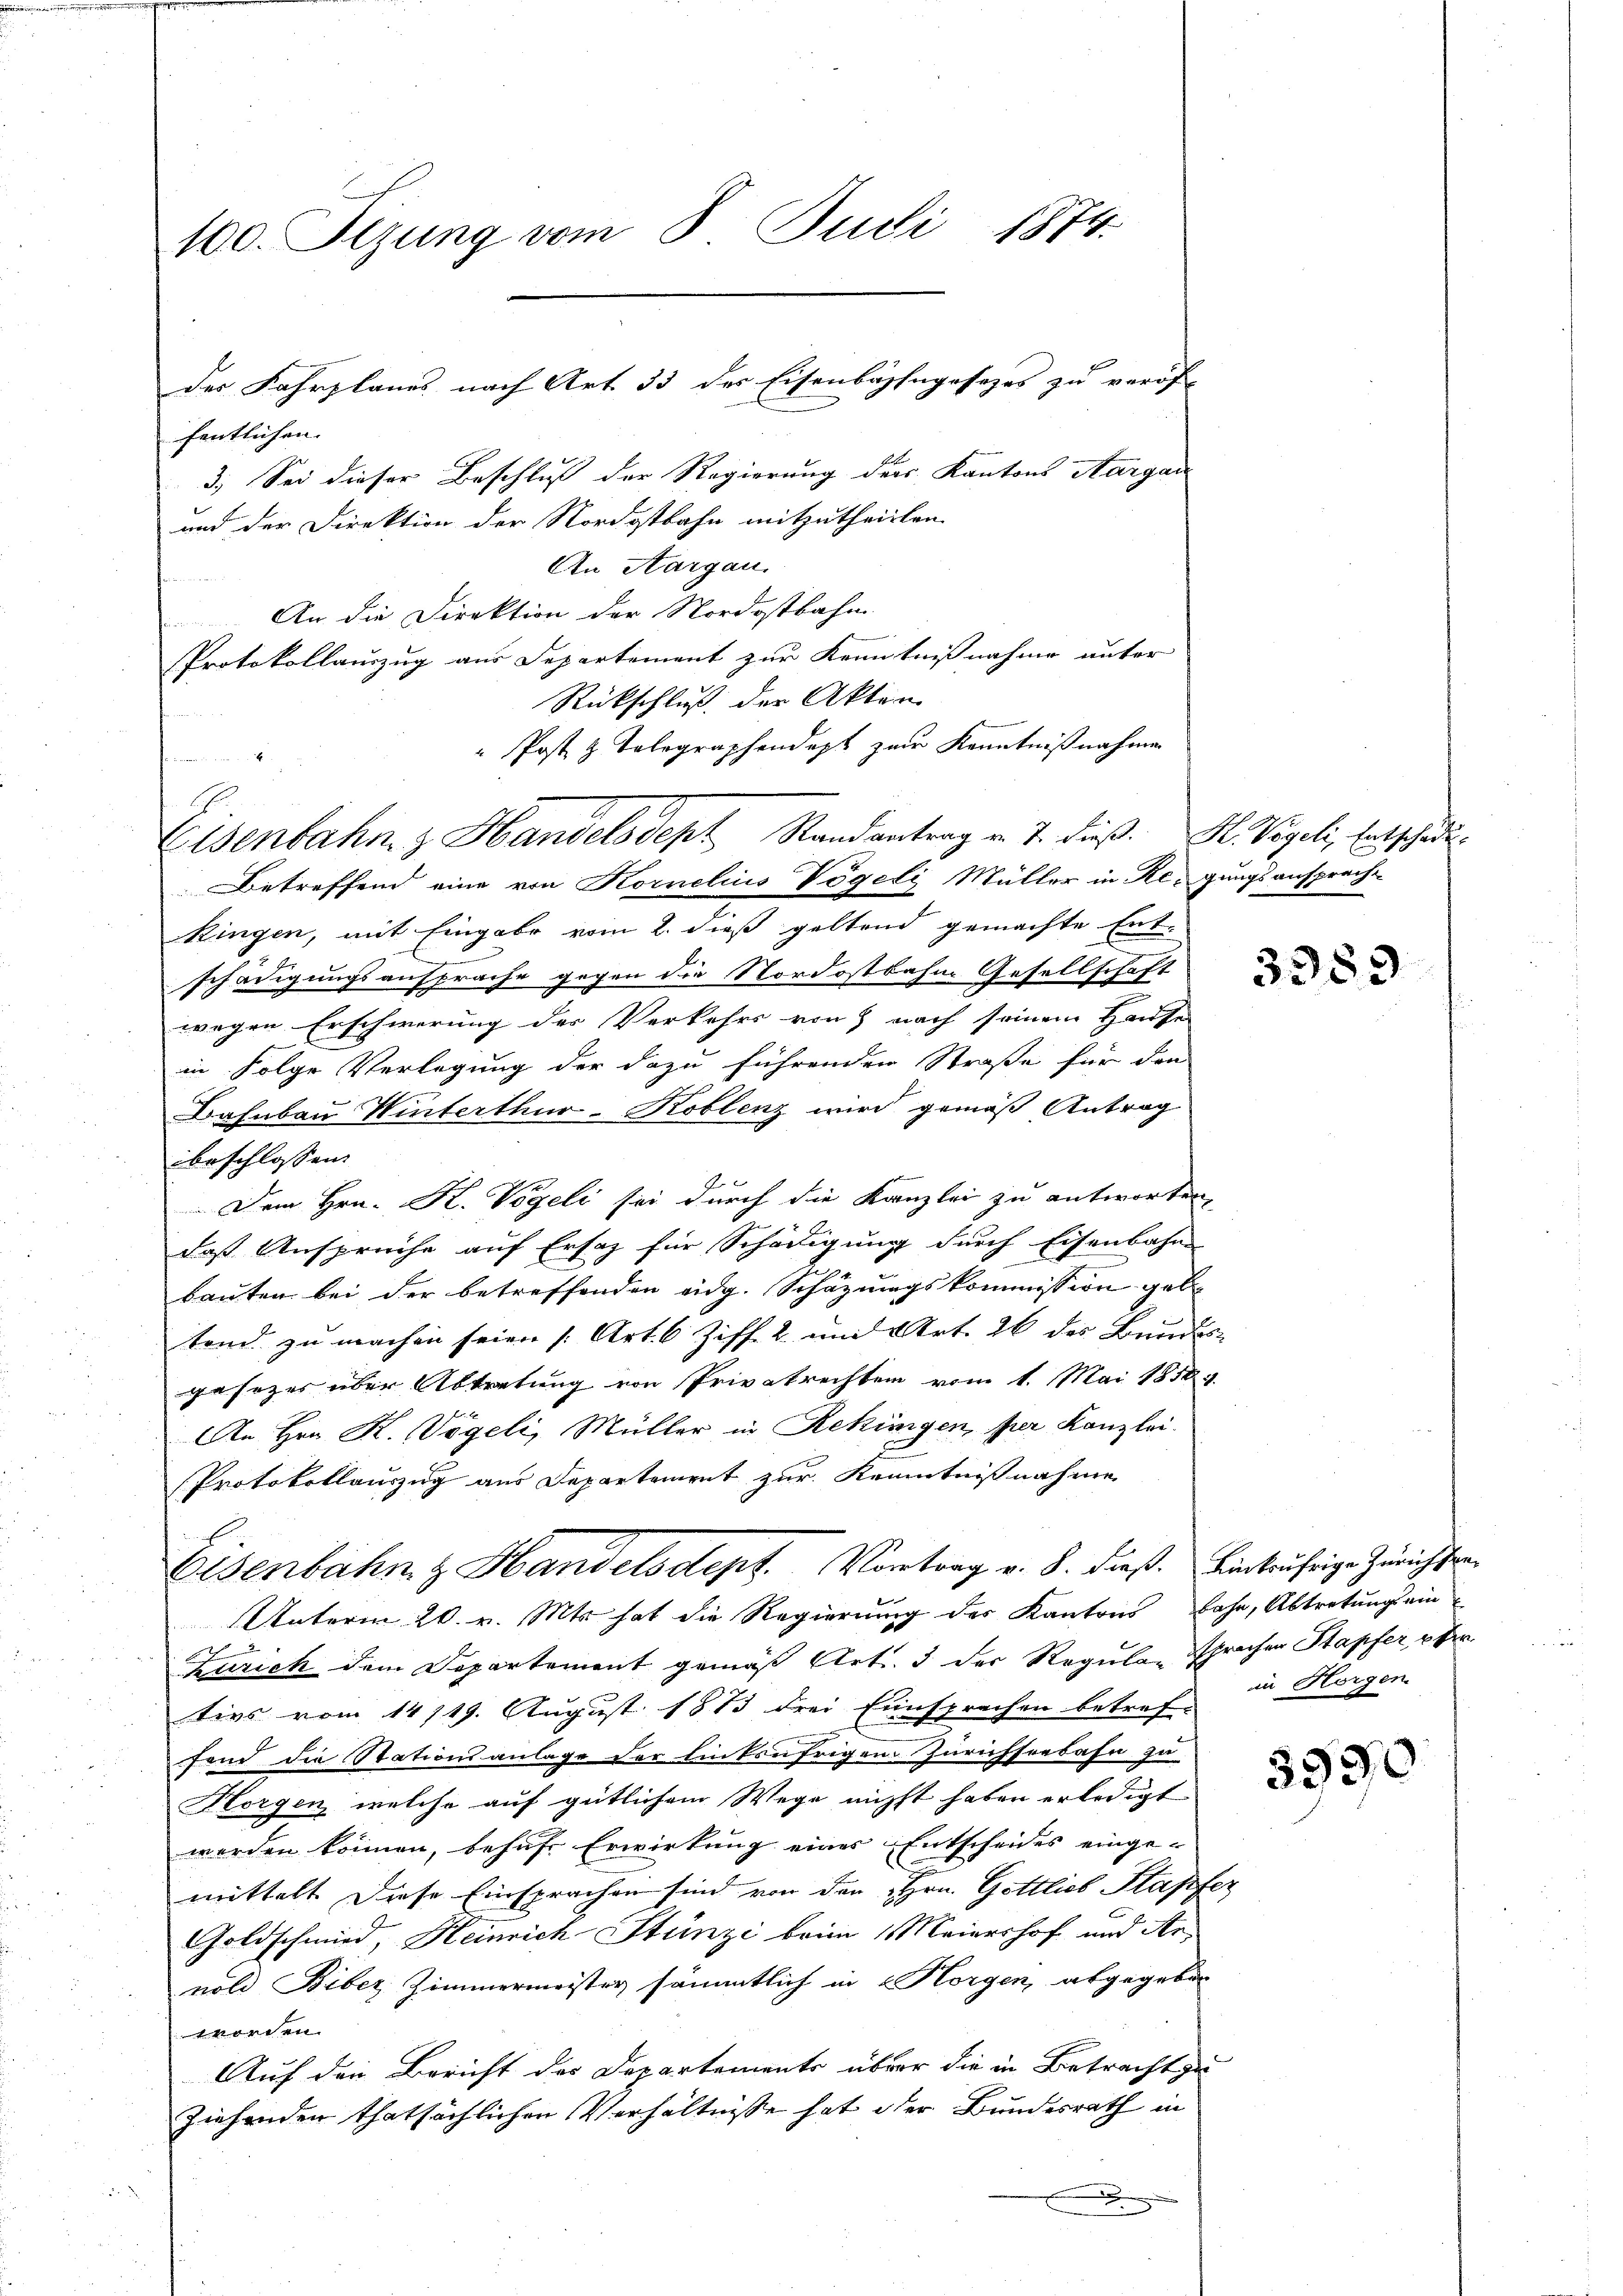
100. Sizung vom 8. Juli 1874.

Eisenbahn z Handelsdept, Randantrag v. 7. dieß. H. Vögeli, Entschade

fentlichen.
3.) Sei dieser Beschluß der Regierung der Kantons Aargau
und der Direktion der Nordostbahn mitzutheilten.
An Aargau.
An die Direktion der Nordostbahn
Protokollauszug aus Departement zur Kenntnißnahme unter
Rückschluß der Akten
 Post z. Telegraphendept zur Kenntnißnahme
Betreffend eine von Kornelius Vögeli Müller in Regungsansprache
Ringen, mit Eingabe vom 2. dieß geltend gemachte Ent-
schädigungsansprache gegen die Nordostbahne Gesellschaft
wegen Erschwerung des Verkehrs von nach seinem Hause
in Folge Verlegung der dazu führenden Straße für den
Bahnbau Winterthur–Koblenz wird gemäß Antrag
beschlossen:
.
Dem Hrn. K. Vögeli sei durch die Kanzlei zu antworten,
daß Ansprüche auf Ersatz für Schädigung durch Eisenbahn
bauten bei der betreffenden eidg. Schazungskommission geb.
tend zu machen seien (Art. 6 Ziff. 2 und Art. 26 des Bundes-
gesozer über Abtretung von Privatrechten vom 1. Mai 1858.
An Hrn. K. Vögeli, Müller in Rekingen, per Kanzlei.
Protokollauszug aus Departement zur Kenntnißnahme
Eisenbahn z Handelsdept. Vortrag v. 8. dieß. Einkräftige Zürichten
UUnterm 20. v. Mts. hat die Regierung des Kantons bahn, Abtretung ein
Zürich dem Departement gemäß Art. 3 der Regula- sprechen Stapfer, per
ties vom 14/19. August 1883 drei Einsprachen betref-
fend die Stationsanlage der linksufrigen Zürichseebahn zu
Horgen, welche auf gütlichem Wege nicht haben erledigt
werden können, behufs Erwirkung eines Entscheides einge-
mittelt. Diese Einsprachen sind von den Hrn. Gottlich Klapfer
Goldschmied, Heinrich Stünzi beim 1 Maiershof und Arnold Biber Zimmermeister sämmtlich in Horgen, abgegeben
tmorden
Auf den Bericht des Departements über die in Betracht zu
Ziehenden thatsächlichen Verhältnisse hat der Bundesrath in
.

der Fahrplanes nach Art. 33 des Eisenbahngesezes zu veröf

3359

in Horgen

3930